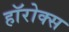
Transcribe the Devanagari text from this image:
हॉरोक्स